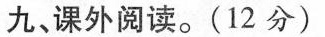
九、课外阅读。(12分)